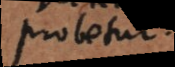
probetur.